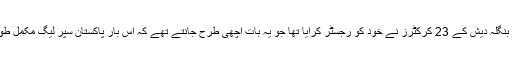
پی سی بی کا موقف اس لیے بھی مزید تقویت پاچکا ہے کہ آئندہ ماہ ہونے والی پاکستان سپر لیگ میں بنگلہ دیش کے 23 کرکٹرز نے خود کو رجسٹر کرایا تھا جو یہ بات اچھی طرح جانتے تھے کہ اس بار پاکستان سپر لیگ مکمل طور پر پاکستان میں ہورہی ہے اور اگر وہ اس میں کھیلتے تو انہیں ایک ماہ پاکستان میں قیام کرنا ہوتا۔